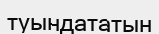
туындататын